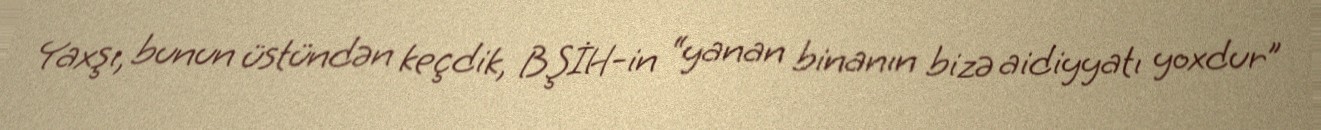
Yaxşı, bunun üstündən keçdik, BŞİH-in “yanan binanın bizə aidiyyatı yoxdur”